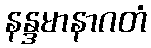
နန္ဒမာနာဂတံ